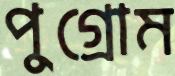
পুগ্রোম